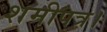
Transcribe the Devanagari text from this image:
शमीपत्र।